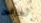
تعزفين